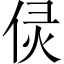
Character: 𠈳